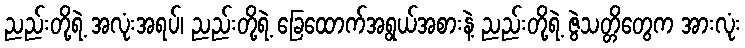
ညည်းတို့ရဲ့ အလုံးအရပ်၊ ညည်းတို့ရဲ့ ခြေထောက်အရွယ်အစားနဲ့ ညည်းတို့ရဲ့ ဇွဲသတ္တိတွေက အားလုံး